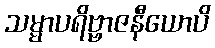
သမ္မာပရိဗ္ဗာဇနီယောပိ